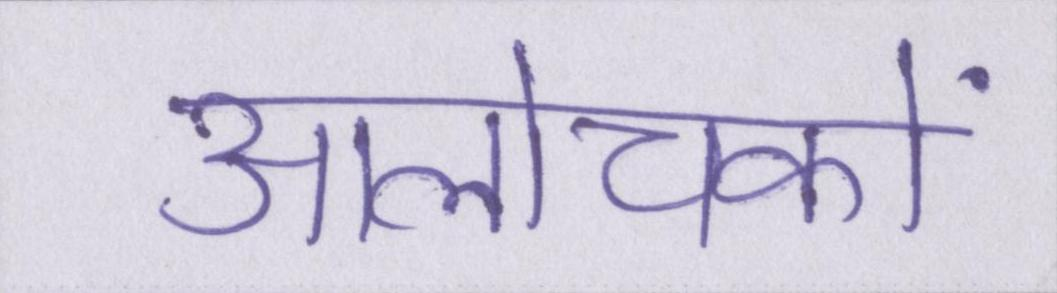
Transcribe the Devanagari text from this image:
आलोचकों